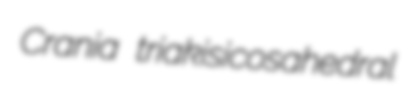
Crania triakisicosahedral